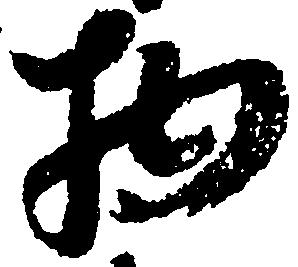
物